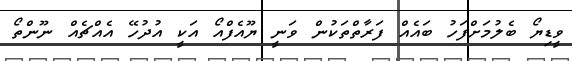
ވީޑިޔޯ ބެލުމަށްފަހު ބައެއް ފަރާތްތަކުން ވަނީ ޔޫއެފްއޯ އަކީ އުދުހޭ އެއްޗެއް ނޫންތޯ